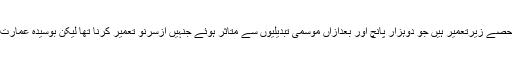
خیبرپختونخوا حکومت ہی کے فراہم کردہ مالی وسائل سے کامرس کالج کی عمارت کے وہ حصے زیرتعمیر ہیں جو دوہزار پانچ اور بعدازاں موسمی تبدیلیوں سے متاثر ہوئے جنہیں ازسرنو تعمیر کرنا تھا لیکن بوسیدہ عمارت مسمار کرنے کی بجائے کھیل کے میدان کا ایک حصہ استعمال کرنے کی کوشش کی گئی۔